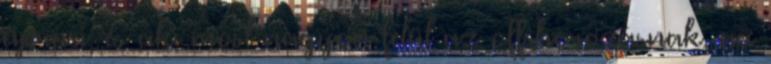
ciprusi, és aki most nagyon felül az offshorozásnak, az